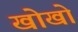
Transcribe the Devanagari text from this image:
खोखाे